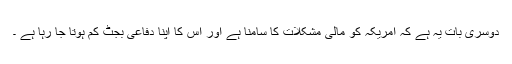
دوسری بات یہ ہے کہ امریکہ کو مالی مشکلات کا سامنا ہے اور اس کا اپنا دفاعی بجٹ کم ہوتا جا رہا ہے ۔